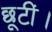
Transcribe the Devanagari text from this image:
छूटीं।